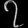
Digit: ၇